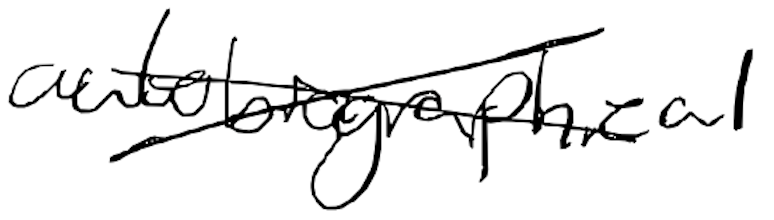
Text: autobiographical
Cross-out: cross
Writing tool: digital_black